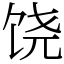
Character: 饶